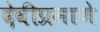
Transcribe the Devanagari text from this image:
देवीप्रमाणे